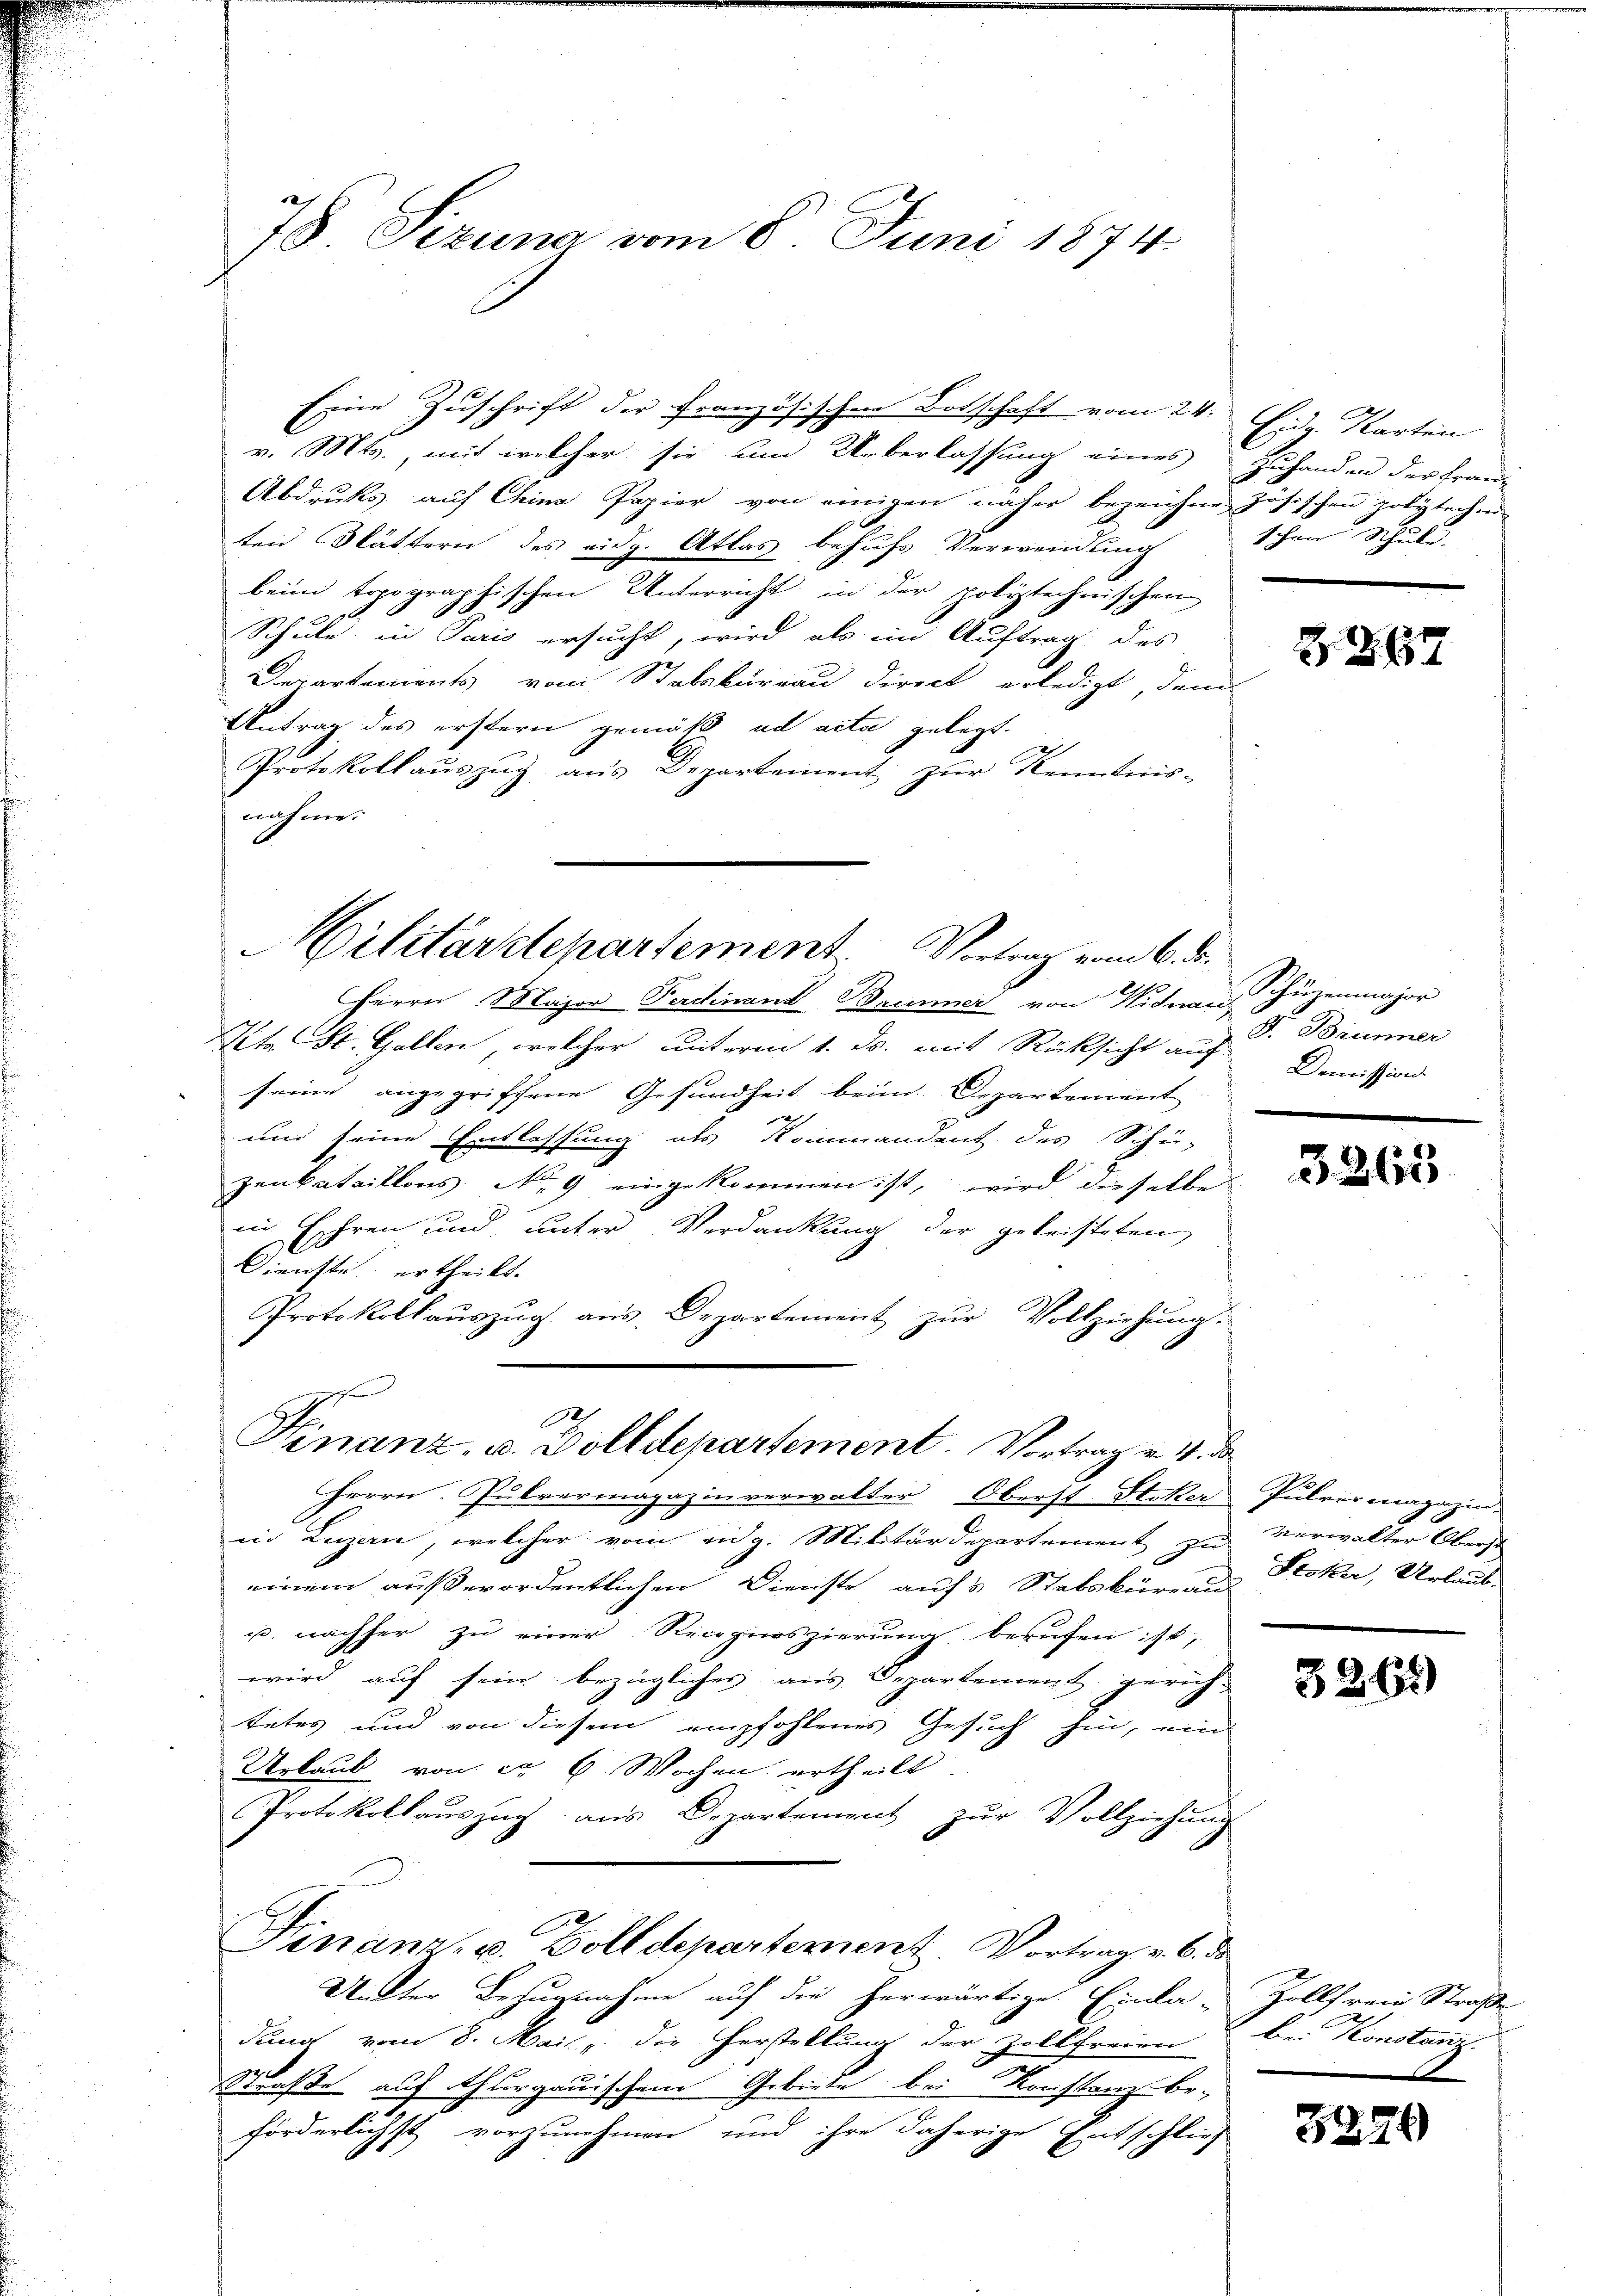
78 Sizung vom 6. Juni 1874.

Eine Zuschrift der Französischen Botschaft vom 24. Eidg. Karten
v. Mts., mit welcher sie um Ueberlassung eines Zuhanden der Fran-
Abdrucks auf Chine Papier von einigen näher bezeichnen zösischen polytechen
ten Blättern des eidg. Atlas behufs Verwendung
beim topographischen Unterricht in der poliztechnischen
Schule in Paris ersucht, wird als ein Auftrag des
Departements vom Stabsbureau direct erledigt, dem
Antrag des erstern gemäß ad acta gelegt.
Protokollauszug aus Departement zur Kenntnis-
nähme.

ilitärdepartement. Vortrag vom 6. d.

Herrn Major Ferdinand Brenner von Widnarhüzenmajor
Sita St. Gallen, welcher unterm 1. ds. mit Rücksicht auf S. Brunner
seine angegriffene Gesundheit brin. Departement
und seine Entlassung als Kommandent des Schü-
Zenkataillons No. 9 eingekommen ist, wird dieselbe
in Ehren und unter Verdankung der geleisteten,
Dienste, ertheilt.
Protokollaŭszŭg aŭs Departement zŭr Vollziehung.

Finanz- u. Dolldepartement. Vortrag v. 4. d.

schen Schule.

Herrn Pulvermagazin verwalter Oberst-Stoker
in Luzern, welcher vom eidg. Militärdepartement zu
einem außerordentlichen Dienste aufs Stabsbureau
u. nachher zu einer Recipierszierung berufen ist,
wird auf sein bezügliches aus Departement gerich-
tetes und von diesem empfohlenes Gesuch hin, ein
Urlaub von ca 6 Wochen ertheilt
Protokollauszug aus Departement zur Vollziehung
c
Finanz- u. Bolldepartement. Vortrag v. 6. d.
Unter Bezugnahme auf die herwärtige Einla-
dung vom 8. Mai, die Herstellung der Zollfreien
Straße auf Thurgauischen Gebiete bei Konstanz be-
förderlichst vorzunehmen und ihre daherige Entschlies

Z. 387

Demission

3263

Pulvermagazinverwalter Oberst
Stoker, Urlaub.

3261)

Zollfreie Straße
bei Konstanz.

3229